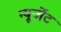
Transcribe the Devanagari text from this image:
न्यूजेंट